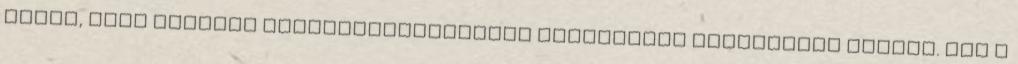
várom, hogy katonai kötelezettségeimet teljesítve lepihenjek később. Már a